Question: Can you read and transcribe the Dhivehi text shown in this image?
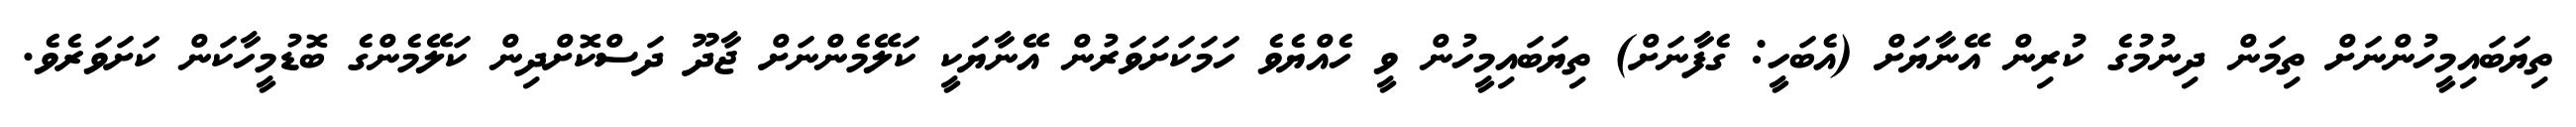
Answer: ތިޔަބައިމީހުންނަށް ތިމަން ދިނުމުގެ ކުރިން އޭނާޔަށް (އެބަހީ: ގެފާނަށް) ތިޔަބައިމީހުން ވީ ހެއްޔެވެ ހަމަކަށަވަރުން އޭނާޔަކީ ކަލޭމެންނަށް ޖާދޫ ދަސްކޮށްދިން ކަލޭމެންގެ ބޮޑުމީހާކަން ކަށަވަރެވެ.